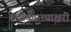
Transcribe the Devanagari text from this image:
श्लोकान्त्याक्षरी